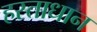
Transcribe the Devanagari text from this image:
हस्ताधान